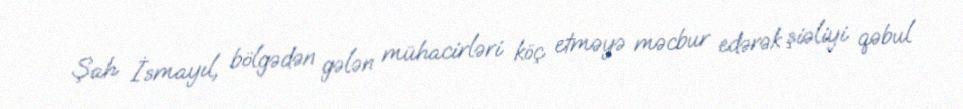
Şah İsmayıl, bölgədən gələn mühacirləri köç etməyə məcbur edərək şiəliyi qəbul